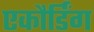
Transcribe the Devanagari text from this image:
एकौर्डिंग